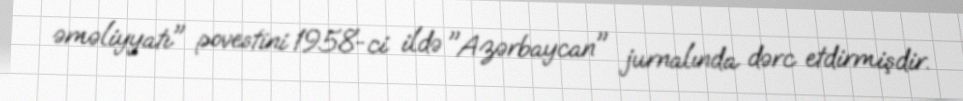
əməliyyatı" povestini 1958-ci ildə "Azərbaycan" jurnalında dərc etdirmişdir.